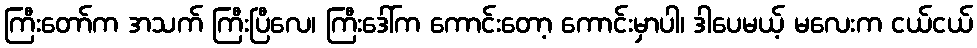
ကြီးတော်က အသက် ကြီးပြီလေ၊ ကြီးဒေါ်က ကောင်းတော့ ကောင်းမှာပါ၊ ဒါပေမယ့် မလေးက ငယ်ငယ်